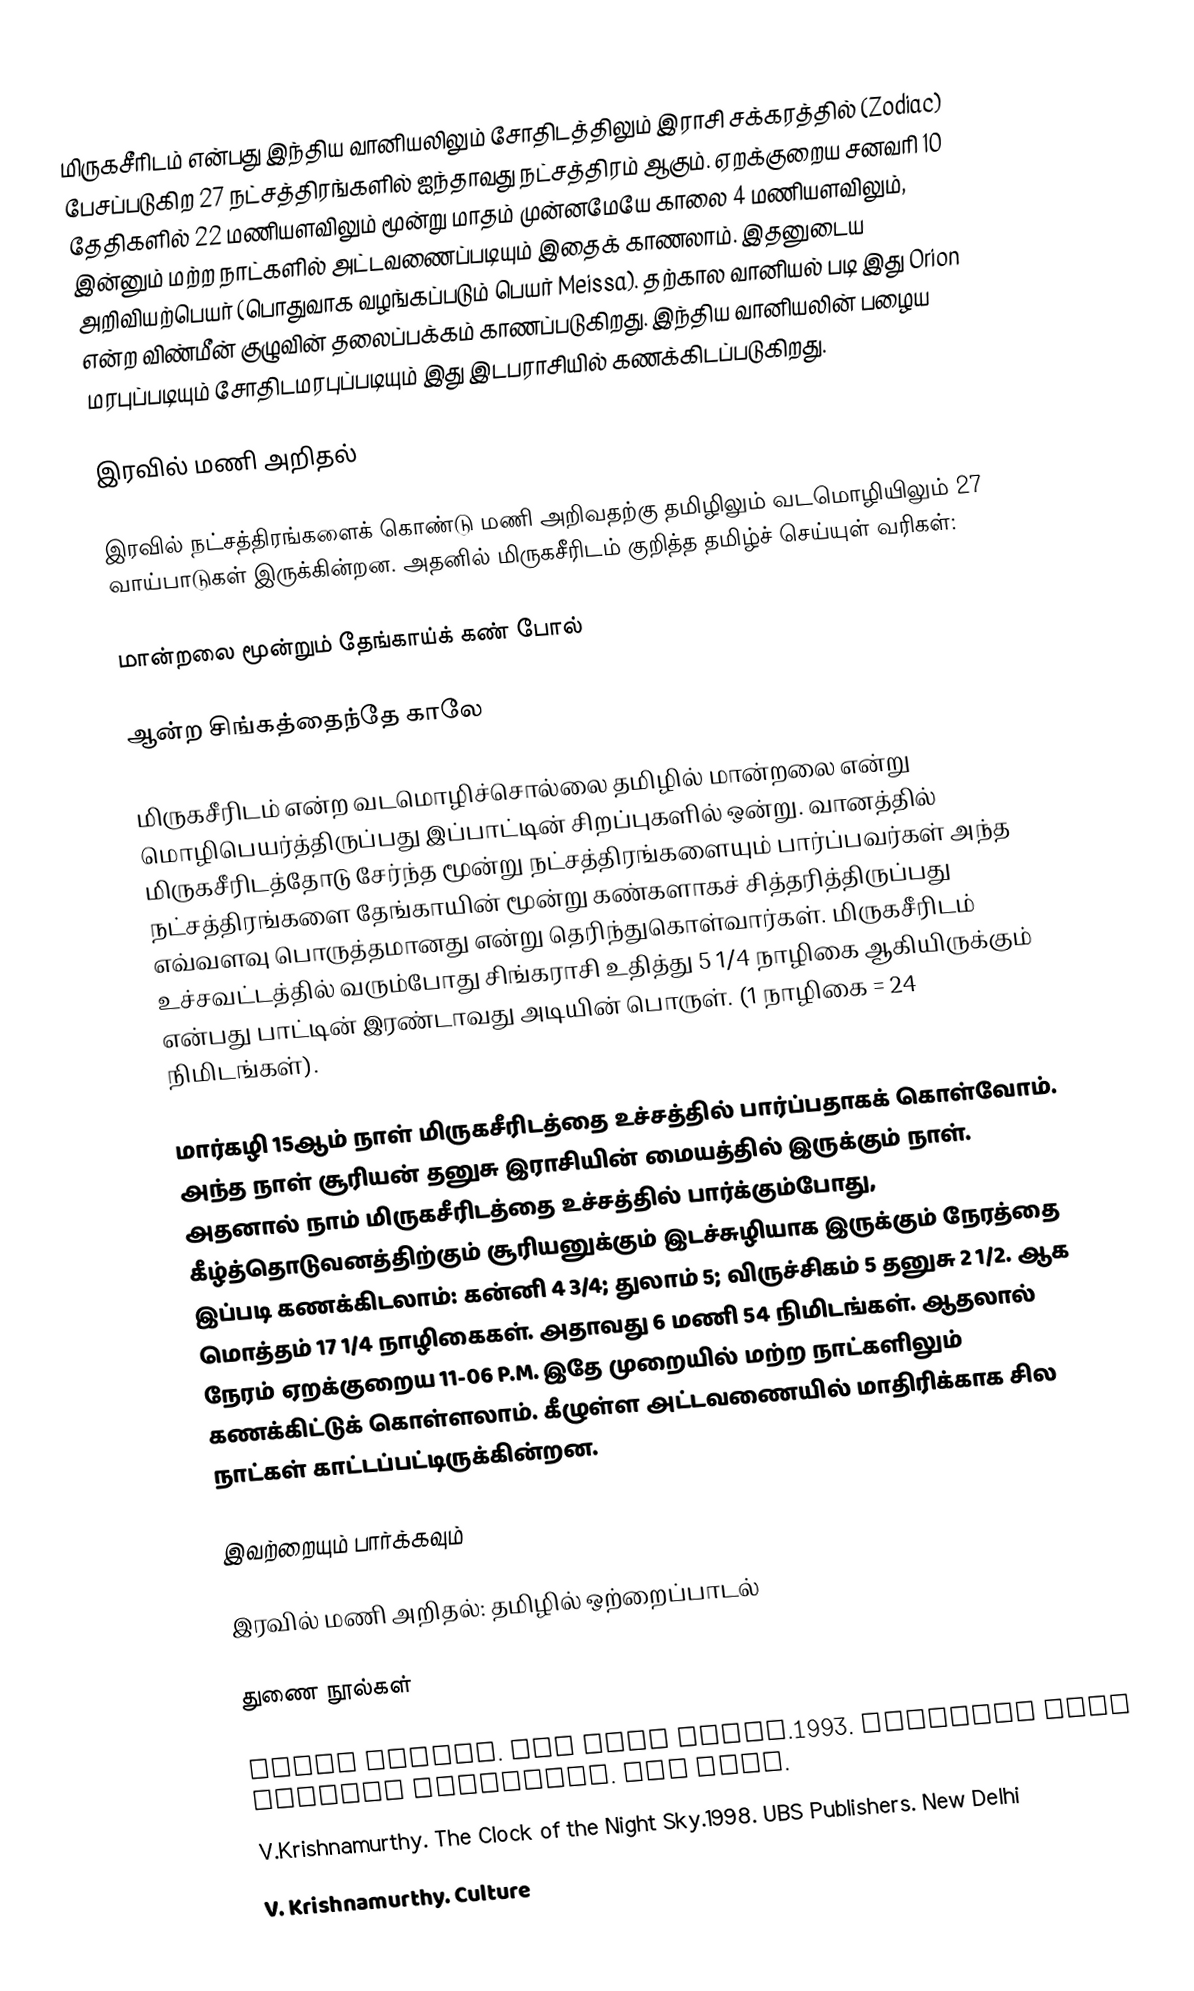
மிருகசீரிடம் என்பது இந்திய வானியலிலும் சோதிடத்திலும் இராசி சக்கரத்தில் (Zodiac) பேசப்படுகிற 27 நட்சத்திரங்களில் ஐந்தாவது  நட்சத்திரம் ஆகும். ஏறக்குறைய சனவரி 10 தேதிகளில் 22 மணியளவிலும் மூன்று மாதம் முன்னமேயே காலை 4 மணியளவிலும், இன்னும் மற்ற நாட்களில் அட்டவணைப்படியும் இதைக் காணலாம். இதனுடைய அறிவியற்பெயர்  (பொதுவாக வழங்கப்படும் பெயர் Meissa). தற்கால வானியல் படி இது Orion என்ற விண்மீன் குழுவின் தலைப்பக்கம் காணப்படுகிறது. இந்திய வானியலின் பழைய மரபுப்படியும் சோதிடமரபுப்படியும் இது இடபராசியில் கணக்கிடப்படுகிறது.

இரவில் மணி அறிதல்

இரவில் நட்சத்திரங்களைக் கொண்டு மணி அறிவதற்கு தமிழிலும் வடமொழியிலும் 27 வாய்பாடுகள் இருக்கின்றன. அதனில் மிருகசீரிடம் குறித்த தமிழ்ச்  செய்யுள் வரிகள்:

மான்றலை மூன்றும் தேங்காய்க் கண் போல்

ஆன்ற சிங்கத்தைந்தே காலே

மிருகசீரிடம் என்ற வடமொழிச்சொல்லை தமிழில் மான்றலை என்று மொழிபெயர்த்திருப்பது இப்பாட்டின் சிறப்புகளில் ஒன்று. வானத்தில் மிருகசீரிடத்தோடு சேர்ந்த மூன்று நட்சத்திரங்களையும் பார்ப்பவர்கள் அந்த நட்சத்திரங்களை தேங்காயின் மூன்று கண்களாகச் சித்தரித்திருப்பது  எவ்வளவு பொருத்தமானது என்று தெரிந்துகொள்வார்கள். மிருகசீரிடம்  உச்சவட்டத்தில் வரும்போது சிங்கராசி உதித்து 5 1/4 நாழிகை ஆகியிருக்கும் என்பது பாட்டின் இரண்டாவது அடியின் பொருள். (1 நாழிகை = 24 நிமிடங்கள்).

மார்கழி 15ஆம் நாள் மிருகசீரிடத்தை உச்சத்தில் பார்ப்பதாகக் கொள்வோம். அந்த நாள் சூரியன் தனுசு இராசியின் மையத்தில் இருக்கும் நாள். அதனால் நாம் மிருகசீரிடத்தை உச்சத்தில் பார்க்கும்போது, கீழ்த்தொடுவனத்திற்கும் சூரியனுக்கும் இடச்சுழியாக இருக்கும் நேரத்தை இப்படி கணக்கிடலாம்: கன்னி 4 3/4; துலாம் 5; விருச்சிகம் 5 தனுசு 2 1/2.  ஆக மொத்தம் 17 1/4 நாழிகைகள். அதாவது 6 மணி 54 நிமிடங்கள். ஆதலால் நேரம் ஏறக்குறைய  11-06 P.M. இதே முறையில் மற்ற நாட்களிலும் கணக்கிட்டுக் கொள்ளலாம். கீழுள்ள அட்டவணையில் மாதிரிக்காக  சில நாட்கள் காட்டப்பட்டிருக்கின்றன.

இவற்றையும் பார்க்கவும்

 இரவில் மணி அறிதல்: தமிழில் ஒற்றைப்பாடல்

துணை நூல்கள்

 Robin Kerrod. The Star Guide.1993. Prentice Hall General Reference.  New York.
 V.Krishnamurthy. The Clock of the Night Sky.1998. UBS Publishers. New Delhi
 V. Krishnamurthy. Culture